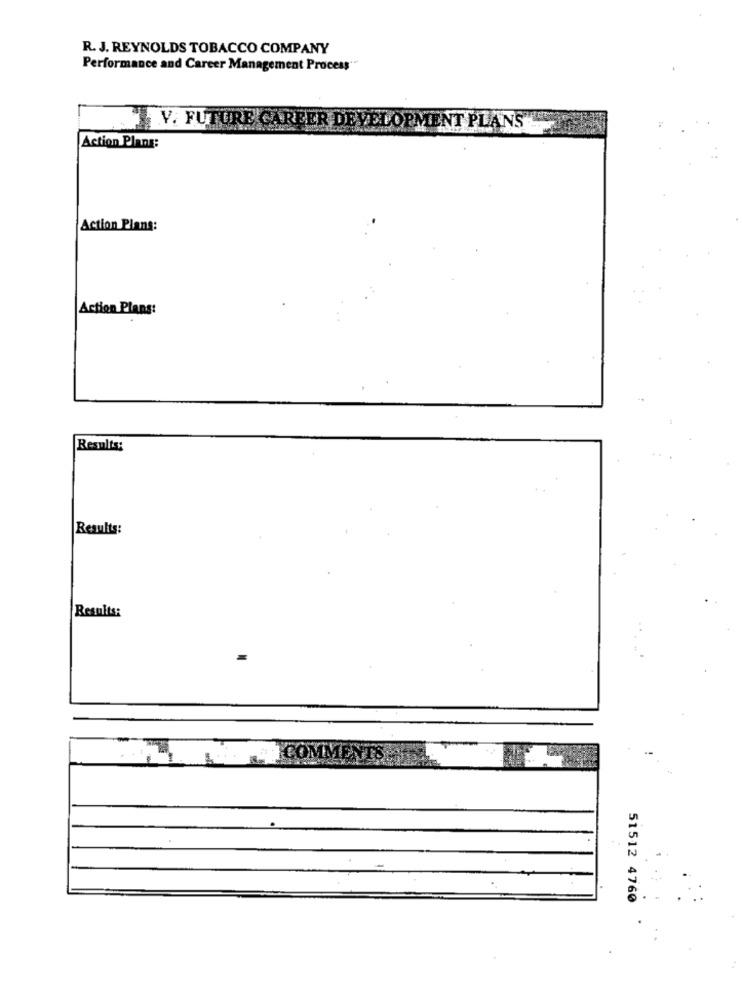
R. J. REYNOLDS TOBACCO COMPANY
Performance and Career Management Process"
V. FUTURE CAREER DEVELOPMENT PLANS
Action Plans:
Action Plans:
Action Plans:
Results:
Results:
Results:
COMMES
51512 4760